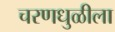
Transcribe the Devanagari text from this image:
चरणधुळीला